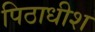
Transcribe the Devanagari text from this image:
पिठाधीश